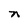
Character: n